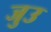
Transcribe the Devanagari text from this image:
जुउ